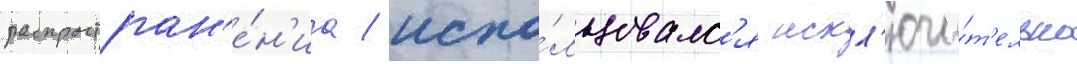
распростран'е́н'иа / испо́льзовалс'я искл'ючи́т'ельно